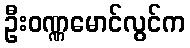
ဦးဝဏ္ဏမောင်လွင်က